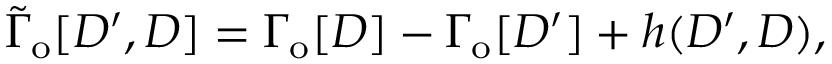
\widetilde { \Gamma } _ { \mathrm { o } } [ { \cal D } ^ { \prime } , { \cal D } ] = \Gamma _ { \mathrm { o } } [ { \cal D } ] - \Gamma _ { \mathrm { o } } [ { \cal D } ^ { \prime } ] + h ( { \cal D } ^ { \prime } , { \cal D } ) ,